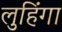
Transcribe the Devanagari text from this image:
लुहिंगा